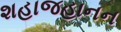
શહાજહાનન